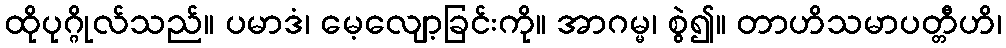
ထိုပုဂ္ဂိုလ်သည်။ ပမာဒံ၊ မေ့လျော့ခြင်းကို။ အာဂမ္မ၊ စွဲ၍။ တာဟိသမာပတ္တီဟိ၊